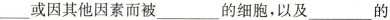
___或因其他因素而被___的细胞，以及___的